Document type: Emphyteutic lease
Year: 1473
Scribe: [Unknown]
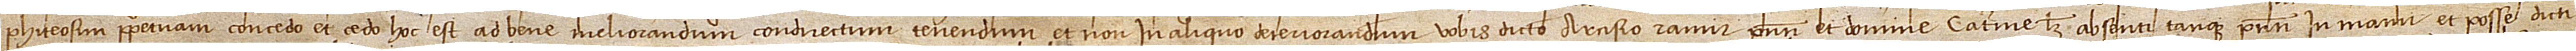
phiteosim perpepetuam concedo et cedo, hoc est, ad bene meliorandum, condirectum tenendum et non in aliquo deteriorandum vobis dicto Arcisio Ramir, presenti, et domine Caterine, licet absenti tanquam presenti, in manu et posse dicti